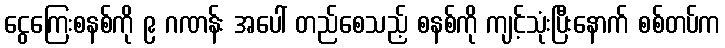
ငွေကြေးစနစ်ကို ၉ ဂဏန်း အပေါ် တည်စေသည့် စနစ်ကို ကျင့်သုံးပြီးနောက် စစ်တပ်က